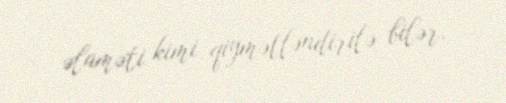
əlaməti kimi qiymətləndirilə bilər.